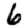
Digit: 6